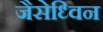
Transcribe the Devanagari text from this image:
जैसेध्विन